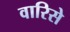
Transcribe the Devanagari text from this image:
वारिसे